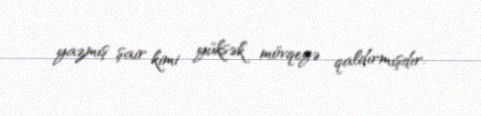
yazmış şair kimi yüksək mövqeyə qaldırmışdır.